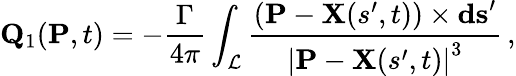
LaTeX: \mathbf{Q}_{1}(\textbf{P},t)=-\frac{\Gamma}{4\pi}\int_{\mathcal{L}}\frac{\left(\mathbf{P}-\mathbf{X}(s^{\prime},t)\right)\times\mathbf{ds}^{\prime}}{\left|\mathbf{P}-\mathbf{X}(s^{\prime},t)\right|^{3}}\, ,